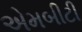
એમબીટી